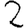
Digit: 2